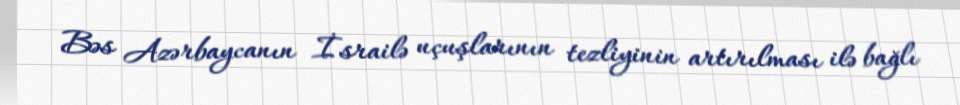
Bəs Azərbaycanın İsrailə uçuşlarının tezliyinin artırılması ilə bağlı